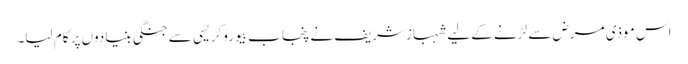
اس موذی مرض سے لڑنے کے لیے شہبازشریف نے پنجاب بیوروکریسی سے جنگی بنیادوں پر کام لیا۔